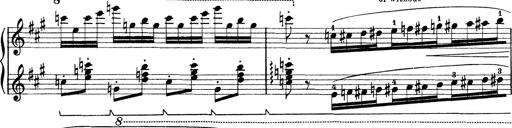
Title: Rapsodie: 19 ungheresi, 1 spagnuola
Composer: Franz Liszt